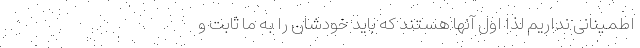
اطمینانی نداریم لذا اول آنها هستند که باید خودشان را به ما ثابت و